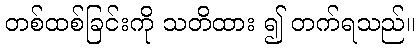
တစ်ထစ်ခြင်းကို သတိထား ၍ တက်ရသည်။